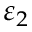
\varepsilon _ { 2 }